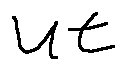
u t